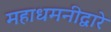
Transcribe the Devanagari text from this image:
महाधमनीद्वारे